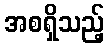
အစရှိသည့်